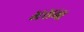
મરામા